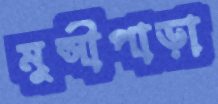
মুন্সীপাড়া